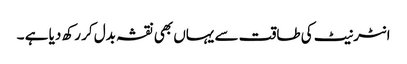
انٹرنیٹ کی طاقت سے یہاں بھی نقشہ بدل کر رکھ دیا ہے ۔